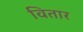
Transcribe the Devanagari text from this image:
वितार